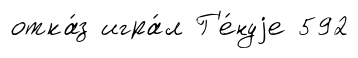
отка́з игра́л Г'е́нуjе 592